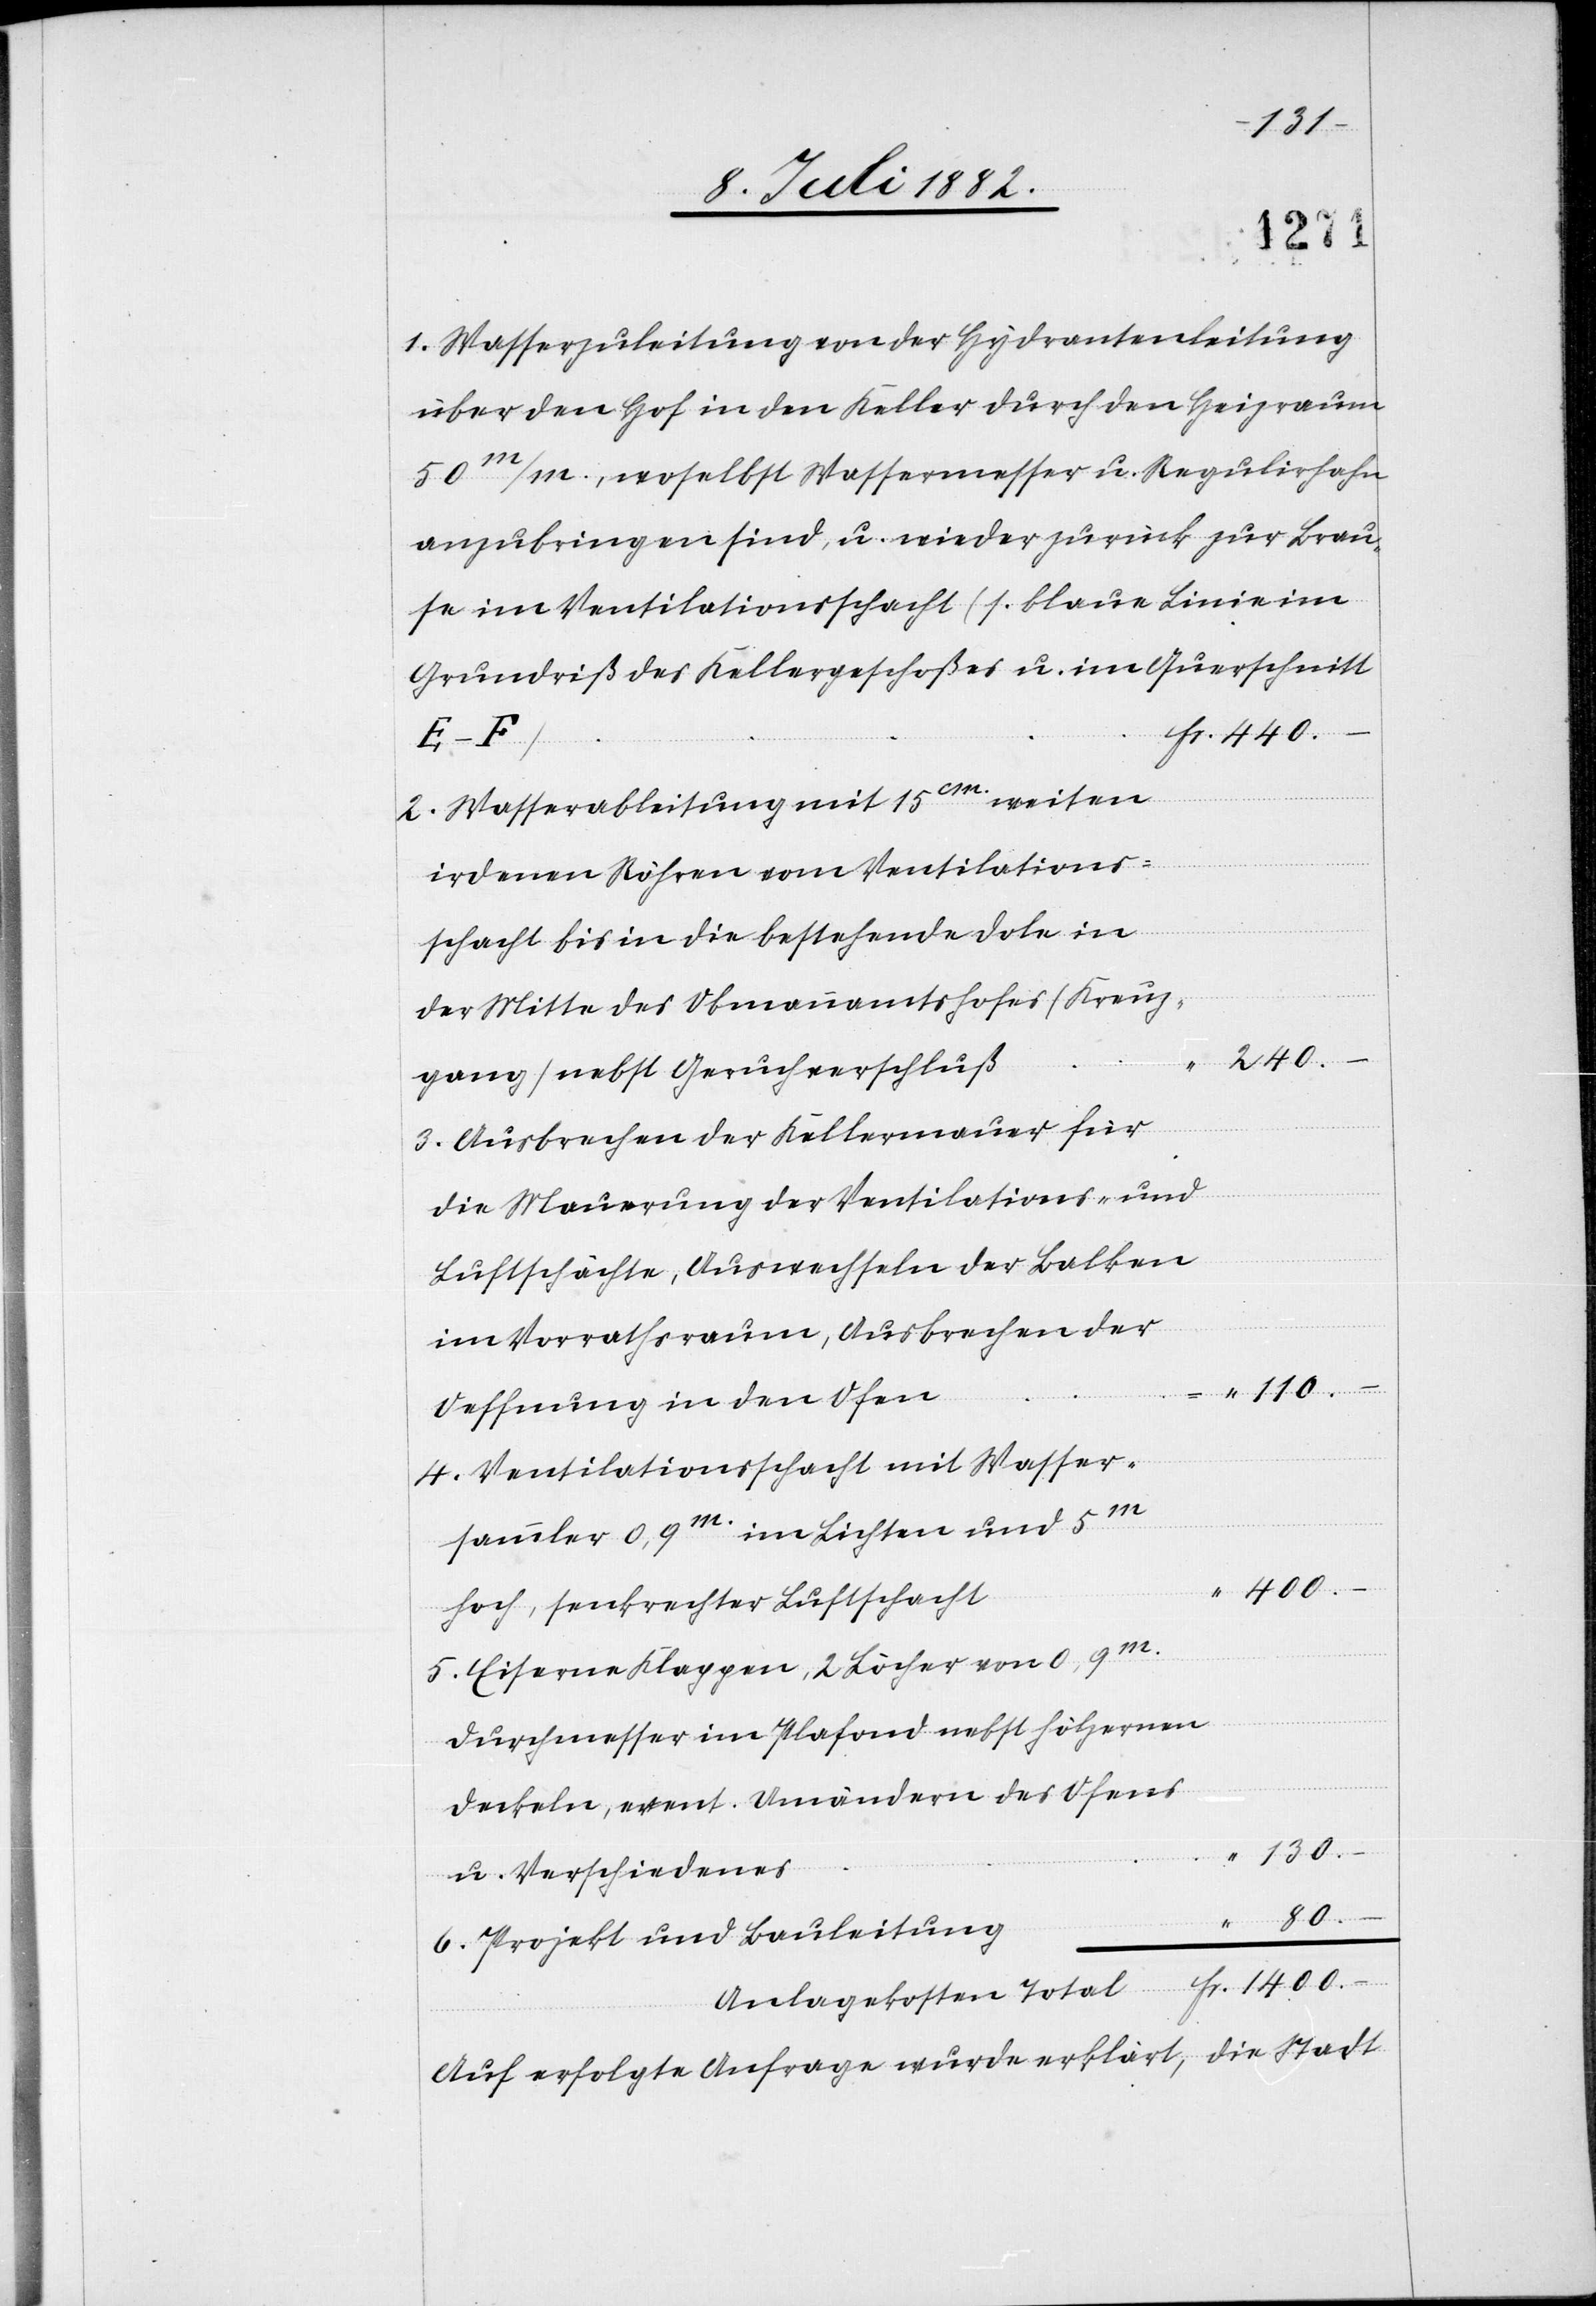
1. Wasserzuleitung von Hydrantenleitung
über den Hof in den Keller durch den Heizraum
50m/m., woselbst Wassermesser u. Regulirhahn
anzubringen sind, u. wieder zurück zur Brau¬
se im Ventilationsschacht (1. blaue Linie im
Grundriß des Kellergeschoßes u. im Querschnitt
2. Wasserableitung mit 15cm weiten
irdenen Röhren vom Ventilations¬
schacht bis in die bestehende Dole in
der Mitte des Obmannamtshofes (Kreuz¬
110.
gang) nebst Geruchverschluß
Fr.
3. Ausbrechen der Kellermauer für
die Mauerung der Ventilations- und
Luftschächte, Auswechseln der Balken
im Vorrathsraum, Ausbrechen der
Oeffnung in den Ofen
4. Ventilationsschacht mit Wasser¬
sammler 0,9m im Lichten und 5m
1400.
hoch, senkrechter Luftschacht
5. Eiserne Klappen, 2 Löcher von 0,9m
Durchmesser im Plafond nebst hölzernen
Deckeln, event. Umändern des Ofens
130.
Total
u. Verschiedenes
80.
6. Projekt und Bauleitung
Auf erfolgte Anfrage wurde erklärt, die Stadt